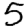
Digit: 5